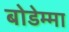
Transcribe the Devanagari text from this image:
बोडेम्मा